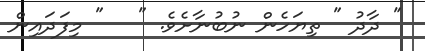
" ދާދު " ތިޔަހެން ނުބުނާށެވެ. "   " މިފަދައިން